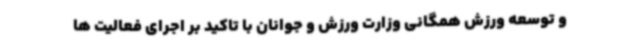
و توسعه ورزش همگانی وزارت ورزش و جوانان با تاکید بر اجرای فعالیت ها